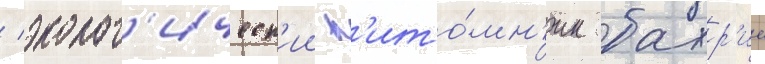
/ эколог'ическ'ии п'ито́мн'ик бахр'ие